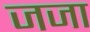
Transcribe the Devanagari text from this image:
जजा